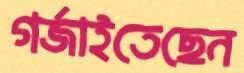
গর্‌জাইতেছেন